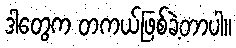
ဒါတွေက တကယ်ဖြစ်ခဲ့တာပါ။